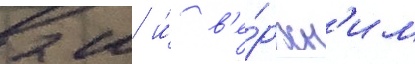
2 м и́ в'е́рхн'им